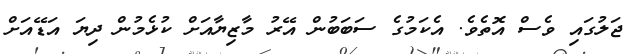
ޖަލުގައި ވެސް އޮތެވެ. އެކަމުގެ ސަބަބުން އޭރު މާޒިޔާއަށް ކުޅެމުން ދިޔަ އަޑޭއަށް